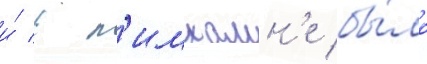
и́ в л'имхамн'е бы́ло